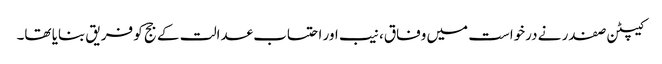
کیپٹن صفدر نے درخواست میں وفاق، نیب اور احتساب عدالت کے جج کو فریق بنایا تھا۔